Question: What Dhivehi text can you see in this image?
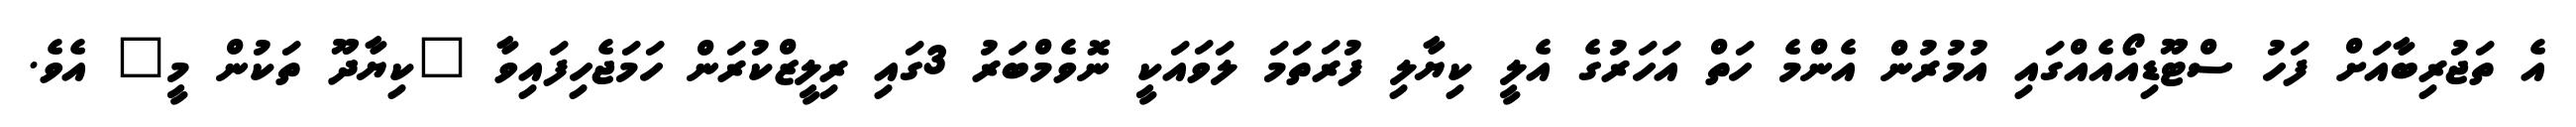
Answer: އެ ތަޖުރިބާއަށް ފަހު ސްޓޫޑިއޯއެއްގައި އުމުރުން އެންމެ ހަތް އަހަރުގެ އެލީ ކިޔާލި ފުރަތަމަ ލަވައަކީ ނޮވެމްބަރު 3ގައި ރިލީޒްކުރަން ހަމަޖެހިފައިވާ "ކިޔާދޫ ތަކުން މީ" އެވެ.